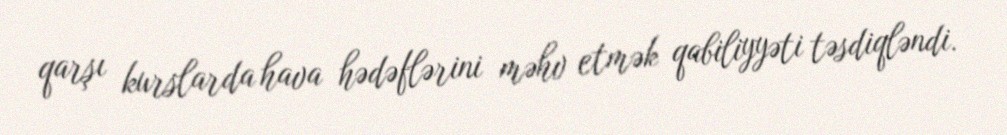
qarşı kurslarda hava hədəflərini məhv etmək qabiliyyəti təsdiqləndi.